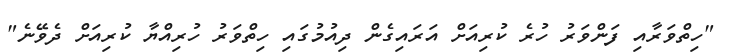
"ހިތްވަރާއި ފަންވަރު ހުރެ ކުރިއަށް އަރައިގެން ދިއުމުގައި ހިތްވަރު ހުރިއްޔާ ކުރިއަށް ދެވޭނެ"